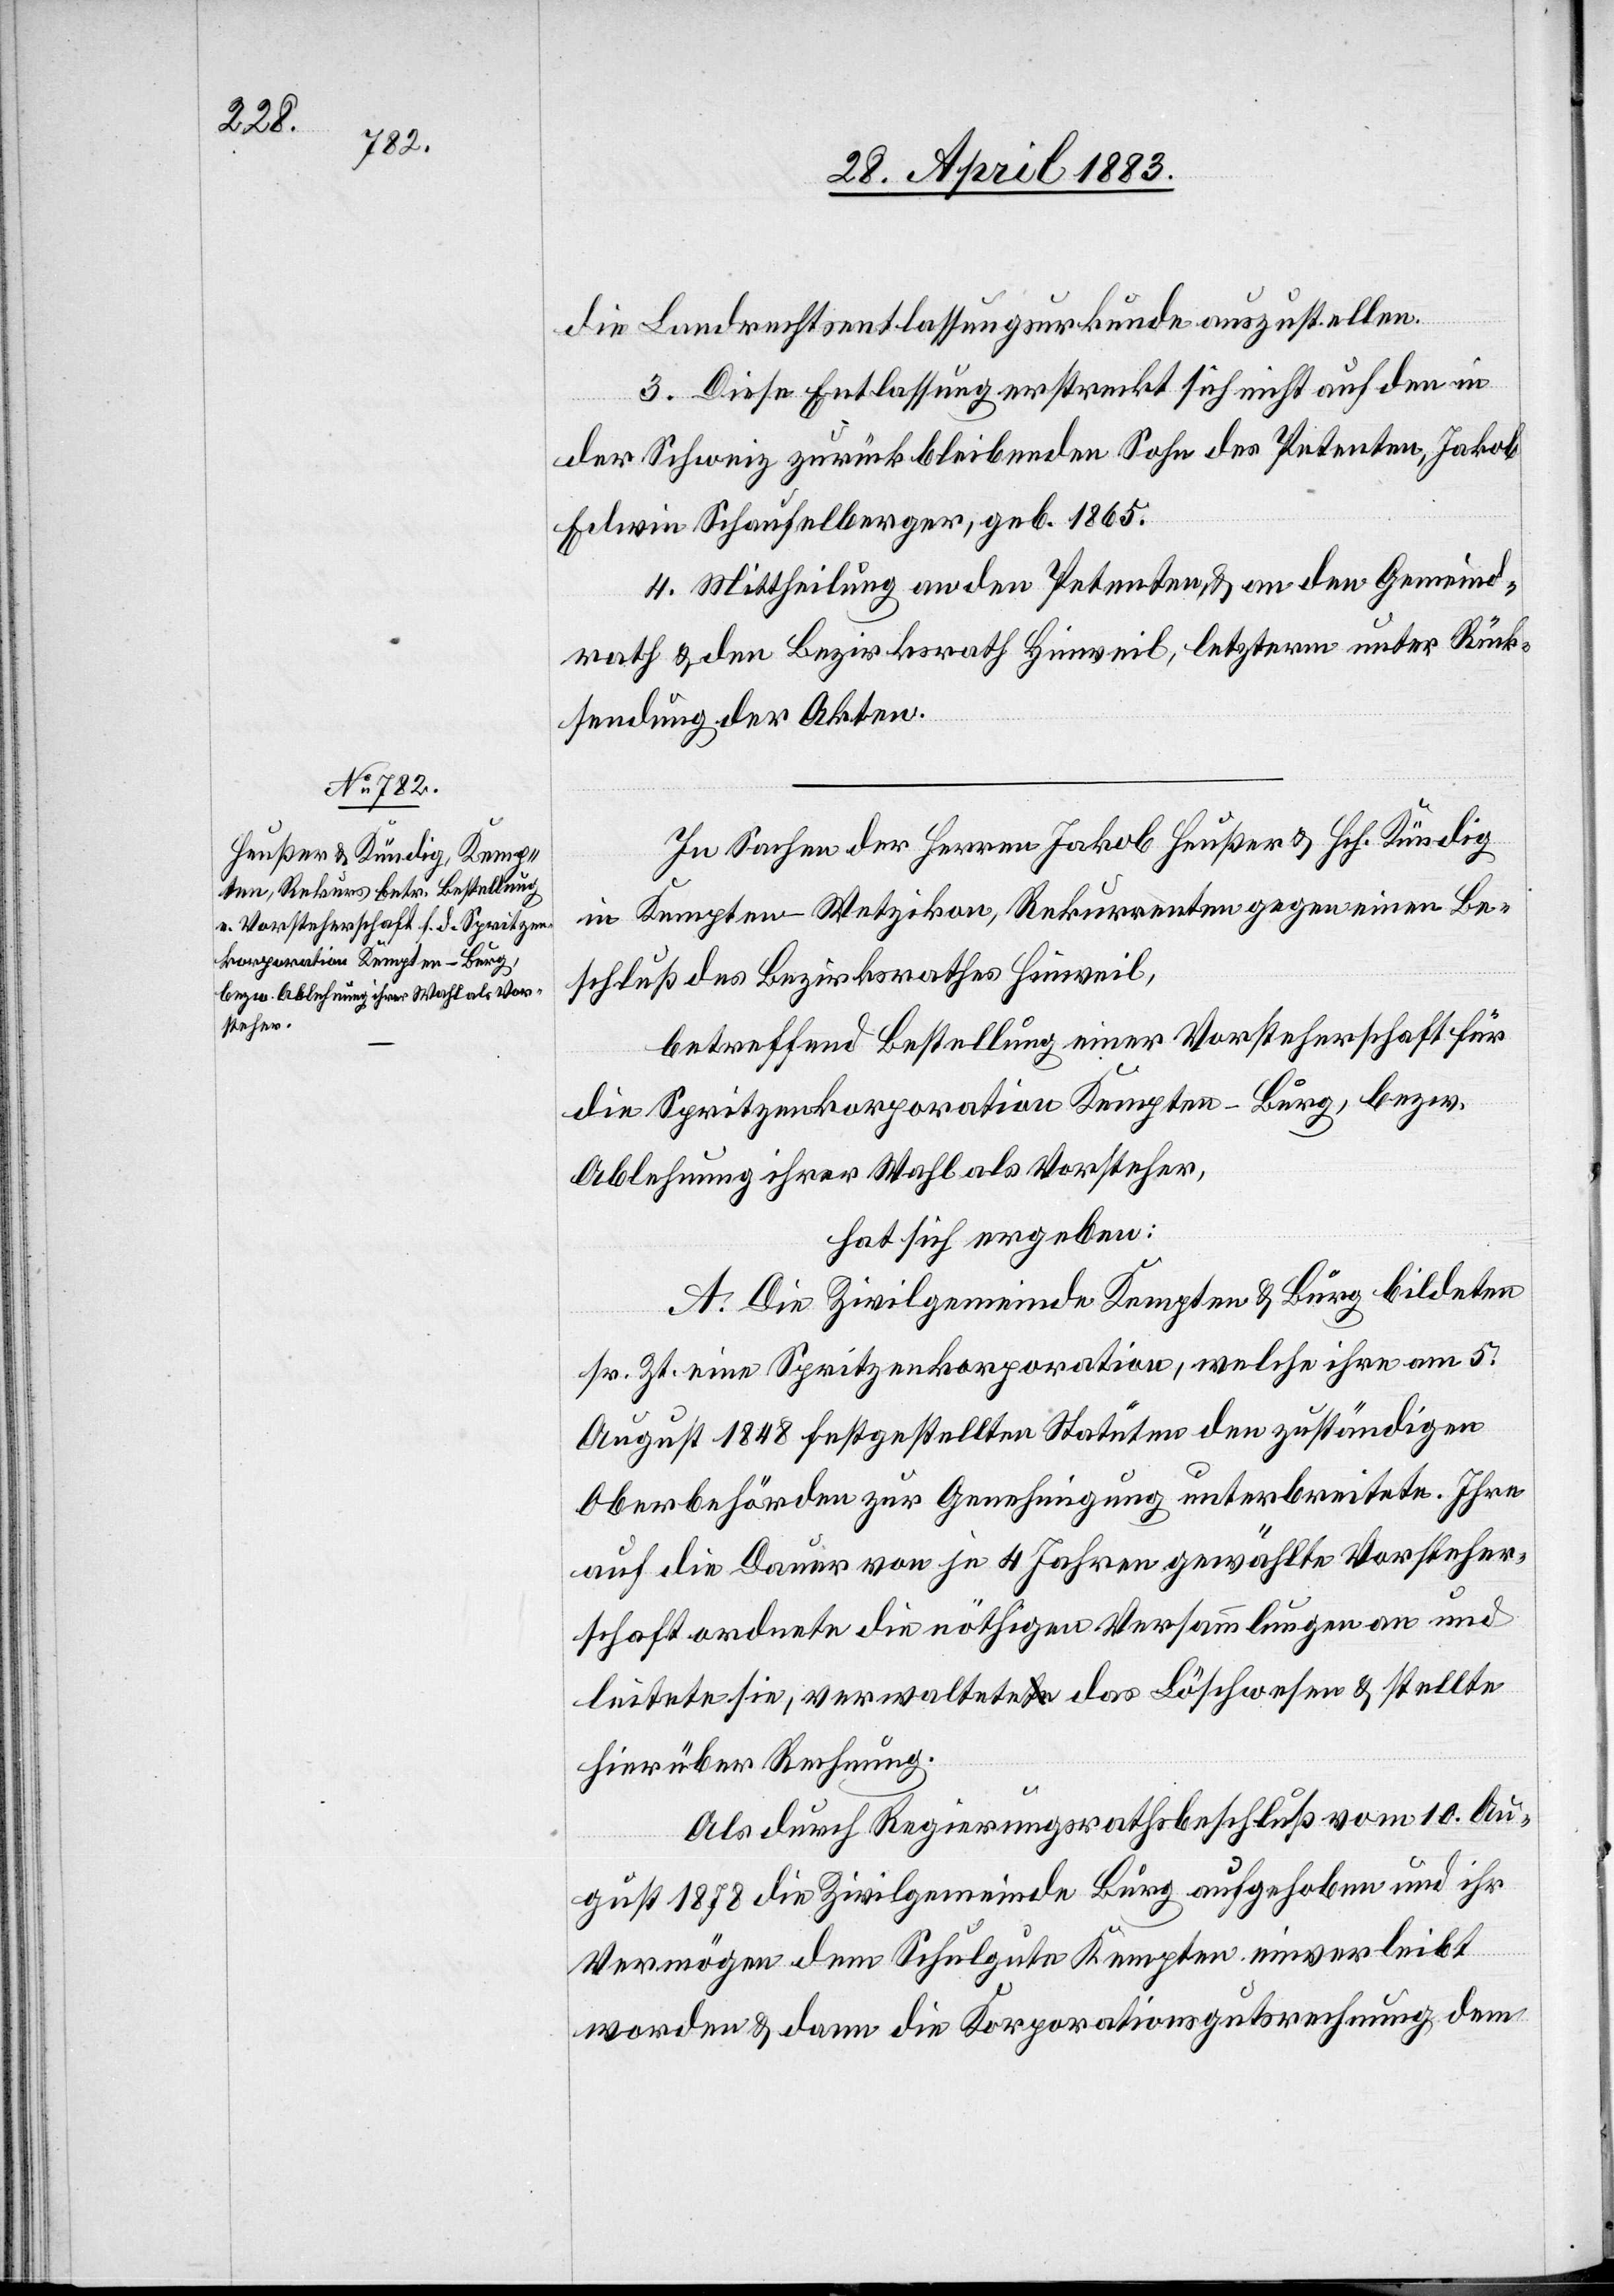
3. Diese Entlassung erstreckt sich nicht auf den in
der Schweiz zurückbleibenden Sohn des Petenten, Jakob
Edwin Schaufelberger, geb. 1865.
4. Mittheilung an den Petenten, & an den Gemeind¬
rath & den Bezirksrath Hinweil, letzterm unter Rück¬
sendung der Akten.
In Sachen der Herren Jakob Heußer & Hch. Kündig
in Kempten - Wetzikon, Rekurrenten gegen einen Be¬
schluß des Bezirksrathes Hinweil,
betreffend Bestellung einer Vorsteherschaft für
die Spritzenkorporation Kempten-Burg, bezw.
Ablehnung ihrer Wahl als Vorsteher,
hat sich ergeben:
A. Die Zivilgemeinde Kempten & Burg bildeten
sr. Zt. eine Spritzenkorporation, welche ihre am 5.
August 1848 festgestellten Statuten den zuständigen
Oberbehörden zur Genehmigung unterbreitete. Ihre
auf die Dauer von je 4 Jahren gewählte Vorsteher¬
schaft ordnete die nöthige Versammlung an und
leistete sie, verwaltete das Löschwesen & stellte
hierüber Rechnung.
Als durch Regierungsrathsbeschluß vom 10. Au¬
gust 1878 die Zivilgemeinde Burg aufgehoben und ihr
Vermögen dem Schulgute Kempten einverleibt
worden & dann die Korporationsgutsrechnung dem